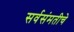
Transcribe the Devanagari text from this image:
सर्वसंमतीचे